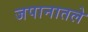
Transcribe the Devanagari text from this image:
जपानातले